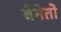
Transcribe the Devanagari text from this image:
बेनेतो